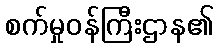
စက်မှုဝန်ကြီးဌာန၏